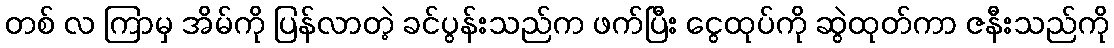
တစ် လ ကြာမှ အိမ်ကို ပြန်လာတဲ့ ခင်ပွန်းသည်က ဖက်ပြီး ငွေထုပ်ကို ဆွဲထုတ်ကာ ဇနီးသည်ကို